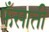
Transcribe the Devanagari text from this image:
फँसाती